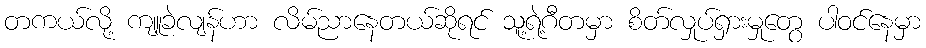
တကယ်လို့ ကျူခဲလျန်ဟာ လိမ်ညာနေတယ်ဆိုရင် သူ့ရဲ့ဂီတမှာ စိတ်လှုပ်ရှားမှုတွေ ပါဝင်နေမှာ